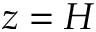
z = H